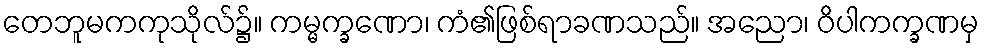
တေဘူမကကုသိုလ်၌။ ကမ္မက္ခဏော၊ ကံ၏ဖြစ်ရာခဏသည်။ အညော၊ ဝိပါကက္ခဏမှ